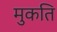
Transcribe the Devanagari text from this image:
मुकति